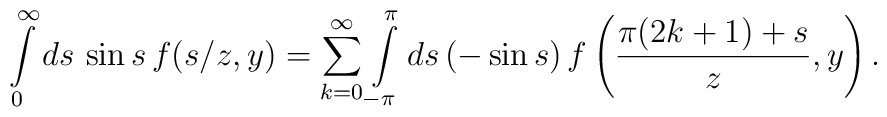
\int\limits_0^\infty ds\, \sin s\, f(s/z,y) =  \sum\limits_{k=0}^\infty \int\limits_{-\pi}^\pi ds\, (-\sin s)\,  f\left(\frac{\pi(2k+1)+s}z,y\right).